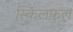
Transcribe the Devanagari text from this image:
स्किलफुल